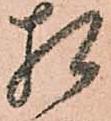
相